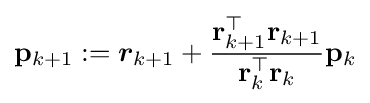
\mathbf {p} _{k+1}:={\boldsymbol {r}}_{k+1}+{\frac {\mathbf {r} _{k+1}^{\top }\mathbf {r} _{k+1}}{\mathbf {r} _{k}^{\top }\mathbf {r} _{k}}}\mathbf {p} _{k}